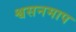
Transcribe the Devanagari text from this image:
श्वसनमाप